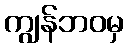
ကျွန်ဘဝမှ